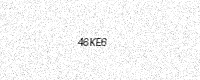
Text: 46KE6